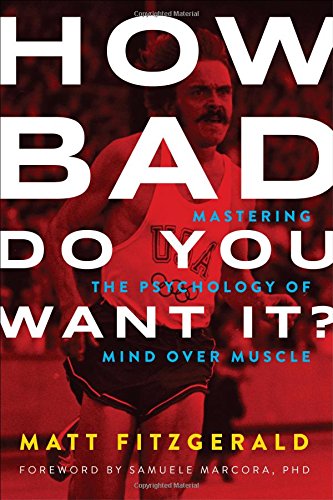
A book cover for How Bad Do You Want It?: Mastering the Psychology of Mind over Muscle; Matt Fitzgerald; Health, Fitness & Dieting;